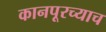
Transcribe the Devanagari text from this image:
कानपूरच्याच